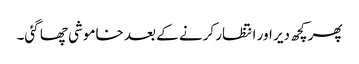
پھر کچھ دیر اور انتظار کرنے کے بعد خاموشی چھا گئی۔